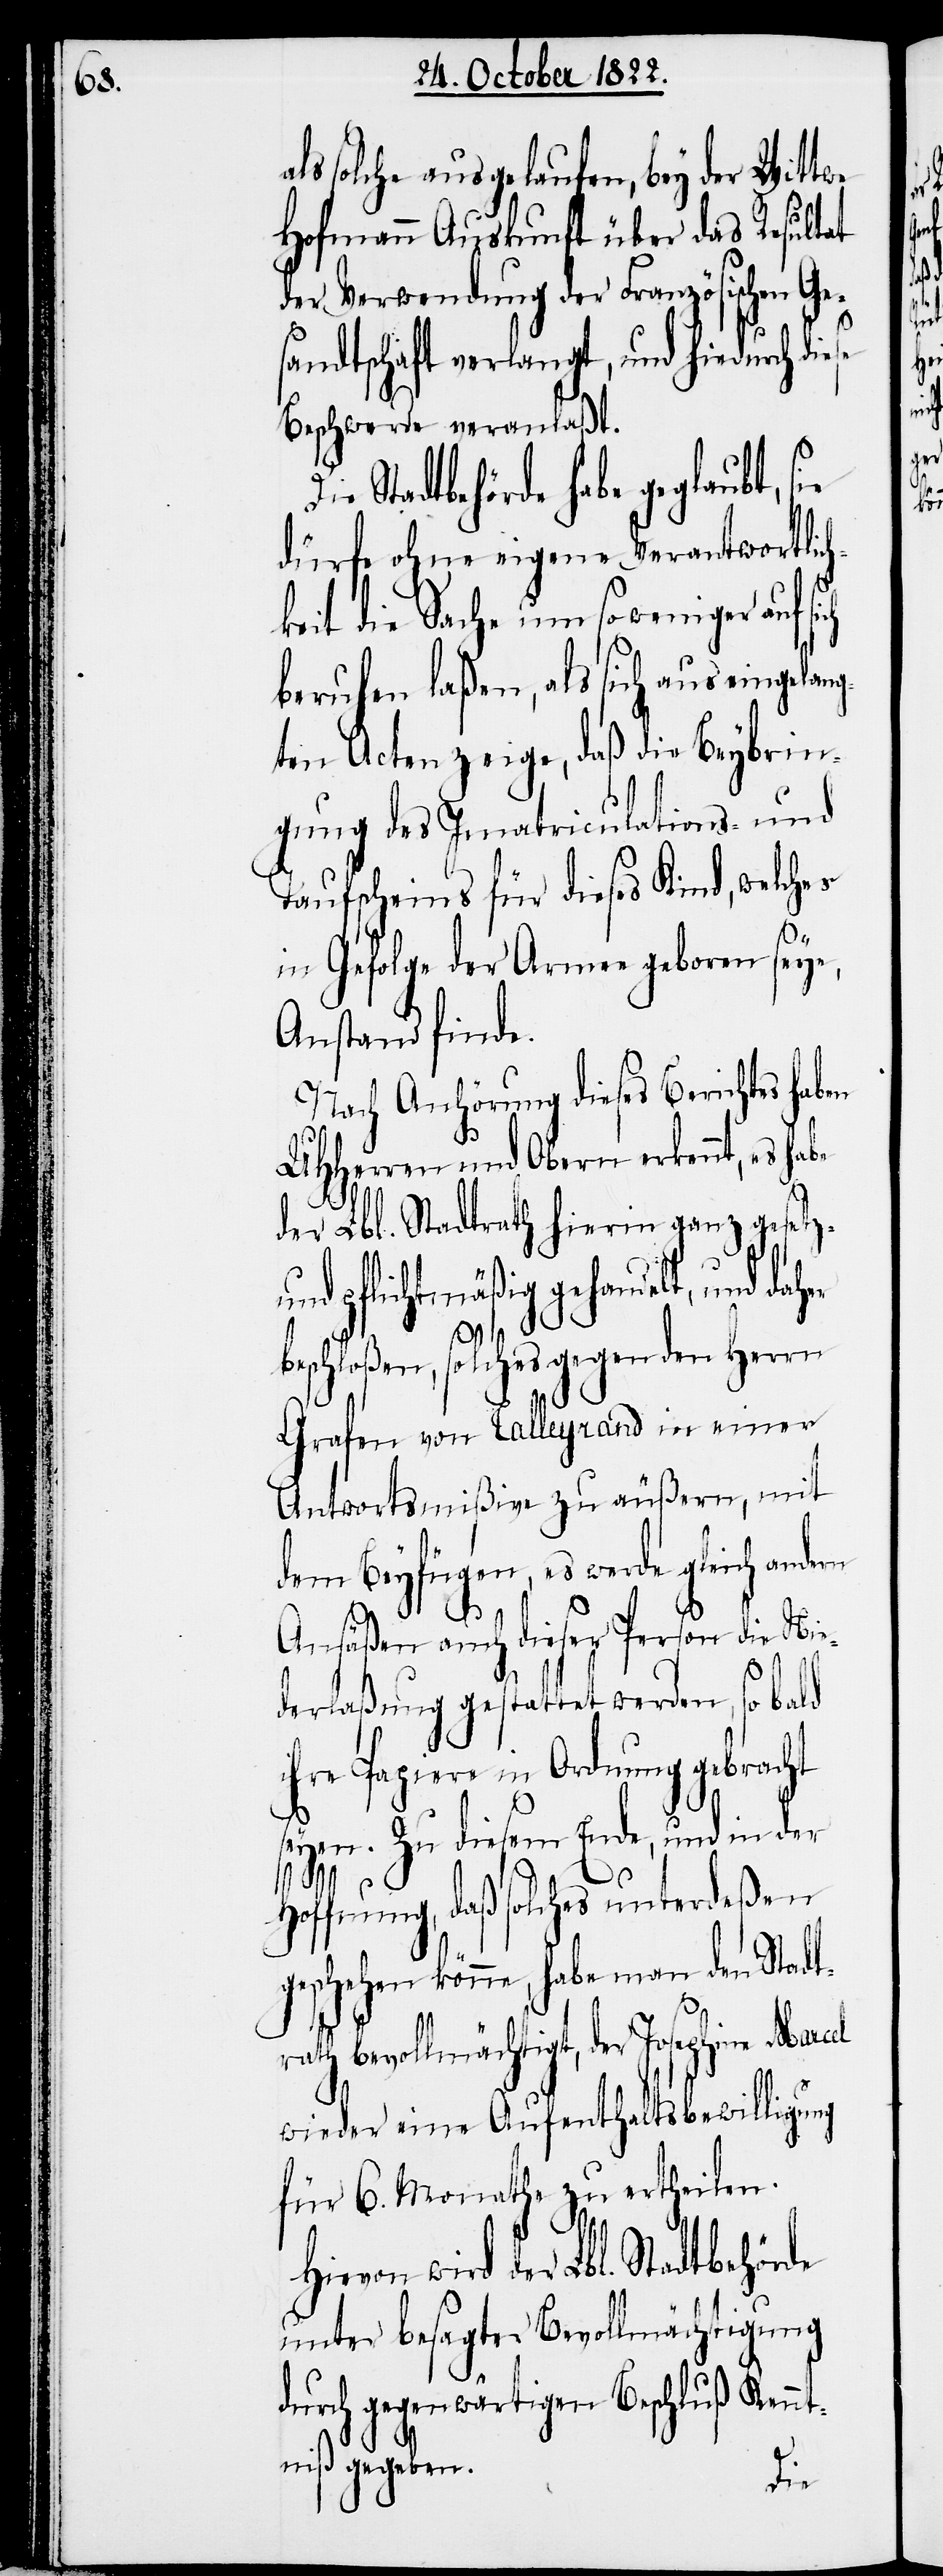
solche ausgelaufen, bey der Wittwe
Hofmannn Auskunft über das Resultat
der Verwendung der Französischen Ge¬
als
sandtschaft verlangt, und hiedurch die¬
Beschwerde veranlaßt.
Stadtbehörde habe geglaubt, sie
dürfe ohne eigene Verantwortlic¬
hkeit die Sache um so weniger auf
beruhen laßen, als sich aus eingelang¬
ten Acten zeige, daß die Beybrin¬
gung des Imatriculations- und
Taufscheins für dieses Kind, welches
in Gefolge der Armee geboren seye,
Anstand finde.
Nach Anhörung dieses Berichtes haben
UHHerren und Obern erkennt, es habe
der Lbl. Stadtrath hierin ganz gesetz-
und pflichtmäßig gehandelt, und daher
se
beschloßen, solches gegen den Herrn
Grafen von Talleyrand in einer
Antwortsmißive zu äußern, mit
dem Beyfügen, es werde gleich andern
Ansäßen auch dieser Person die Nie¬
derlaßung gestattet werden, so bald
ihre Papiere in Ordnung gebracht
seyen. Zu diesem Ende, und in
Hoffnung, daß solches unterdeßen
geschehen könne, habe man den Stadt¬
rath bevollmächtigt, der Josephine Marcel
wieder eine Aufenthaltsbewilligung
für 6. Monathe zu ertheilen.
wird der Lbl. Stadtbehörde
unter besagter Bevollmächtigung
Kennt¬
gegenwärtigen Beschluß
niß gegeben.
Die